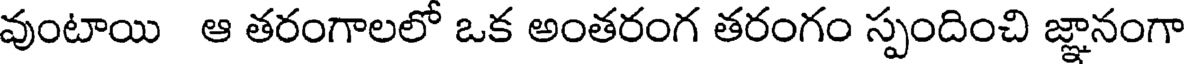
వుంటాయి ఆ తరంగాలలో ఒక అంతరంగ తరంగం స్పందించి జ్ఞానంగా